Note on the mental hospitals in Burma - 1925-1940
Year: 1925
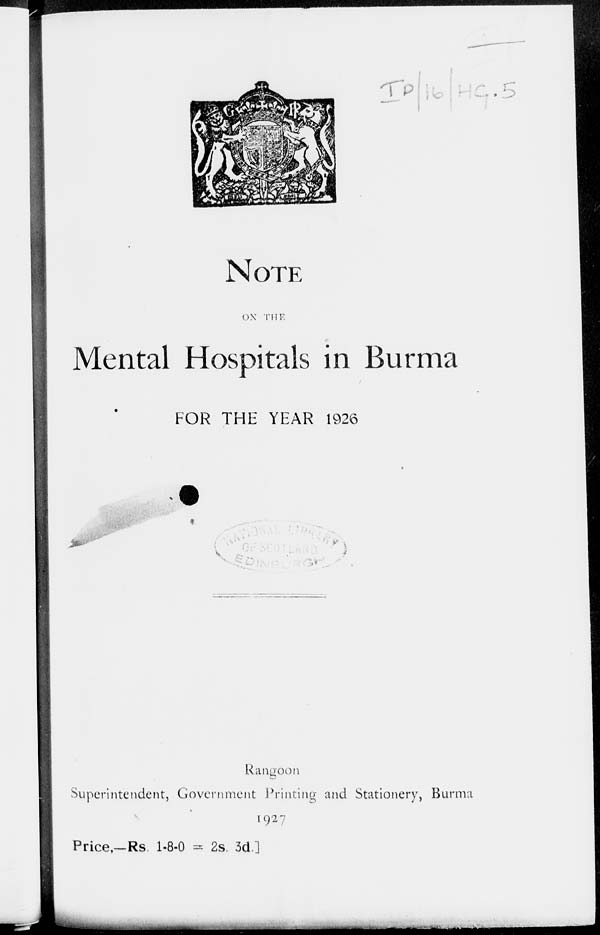
NOTE
ON THE
Mental Hospitals in Burma
FOR THE YEAR 1926
Rangoon
Superintendent, Government Printing and Stationery, Burma
1927
Price,—Rs. 1-8-0 = 2s. 3d.]